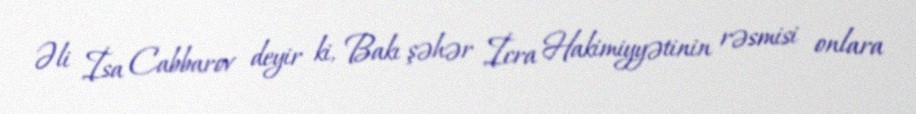
Əli İsa Cabbarov deyir ki, Bakı şəhər İcra Hakimiyyətinin rəsmisi onlara